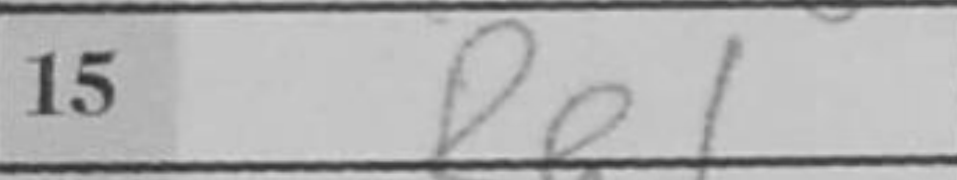
Transcription: Re1